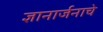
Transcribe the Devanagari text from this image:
ज्ञानार्जनाचे